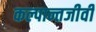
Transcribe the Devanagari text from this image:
कल्पान्तजीवी